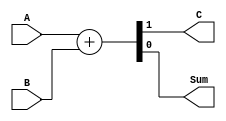
module adder(A,B,C,Sum);
	input A,B;
	output C,Sum;
	assign {C,Sum} = A + B;
endmodule